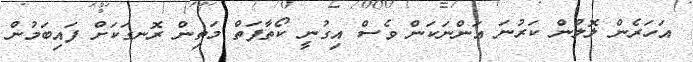
އަހަރެން ލޮލުން ކަރުނަ އަންނަކަން ވެސް އިގުނީ ކޯތާފަތް މަތިން ރޮނގަކަށް ފައިބަމުން